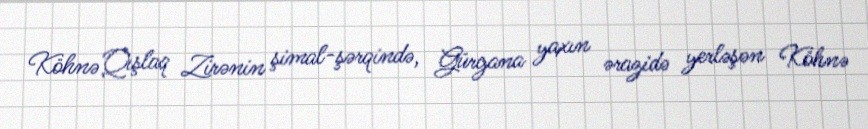
Köhnə Qışlaq Zirənin şimal-şərqində, Gürgana yaxın ərazidə yerləşən Köhnə